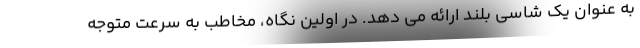
به عنوان یک شاسی بلند ارائه می دهد. در اولین نگاه، مخاطب به سرعت متوجه